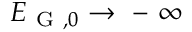
E _ { \mathrm { ~ G ~ } , 0 } \to \mathrm { ~ - ~ } \infty